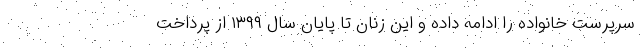
سرپرست خانواده را ادامه داده و این زنان تا پایان سال ۱۳۹۹ از پرداخت